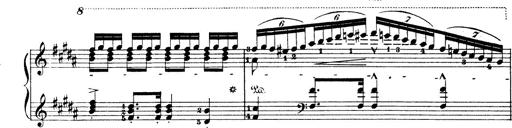
Title: Wagner-Liszt Album
Composer: Franz Liszt